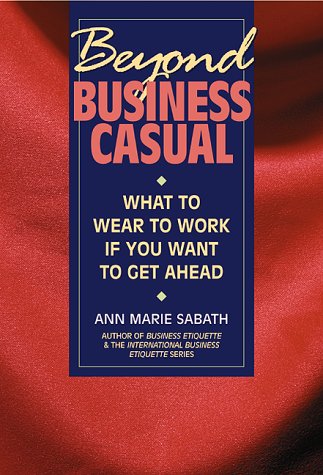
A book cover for Beyond Business Casual: What to Wear to Work If You Want to Get Ahead; Ann Marie Sabath; Business & Money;